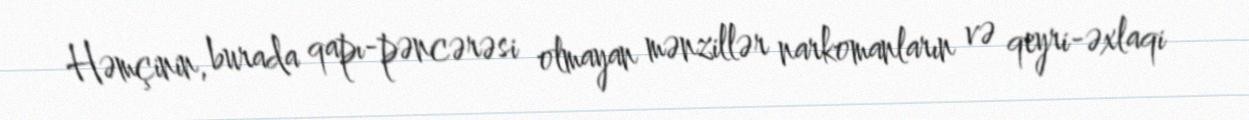
Həmçinin, burada qapı-pəncərəsi olmayan mənzillər narkomanların və qeyri-əxlaqi